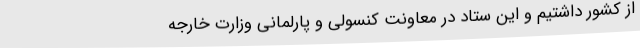
از کشور داشتیم و این ستاد در معاونت کنسولی و پارلمانی وزارت خارجه